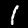
Label: 1